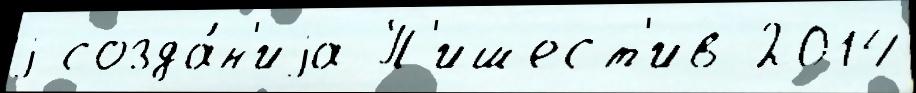
j созда́н'иjа П'ишест'ив 2014